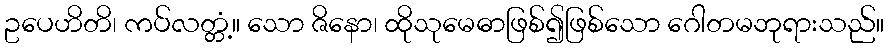
ဥပေဟိတိ၊ ကပ်လတ္တံ့။ သော ဇိနော၊ ထိုသုမေဓာဖြစ်၍ဖြစ်သော ဂေါတမဘုရားသည်။